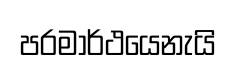
පරමාර්ථයෙනැයි